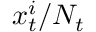
x _ { t } ^ { i } / N _ { t }